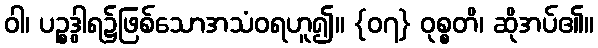
ဝါ၊ ပဉ္စဒွါရ၌ဖြစ်သောအသံဝရဟူ၍။ {၀၇} ဝုစ္စတိ၊ ဆိုအပ်၏။